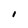
Character: i